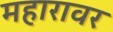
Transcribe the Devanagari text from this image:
महारावर